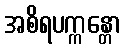
အစိရပက္ကန္တော